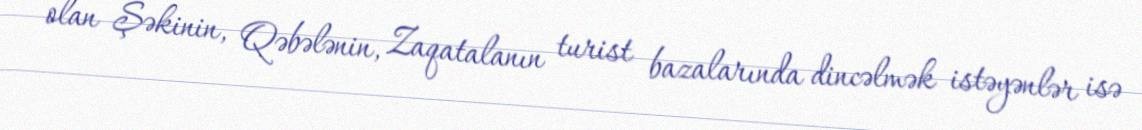
olan Şəkinin, Qəbələnin, Zaqatalanın turist bazalarında dincəlmək istəyənlər isə